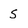
Character: S